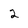
Character: 2